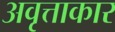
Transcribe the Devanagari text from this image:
अवृत्ताकार